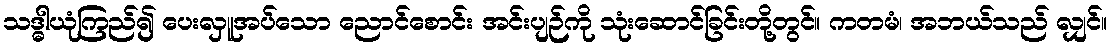
သဒ္ဓါယုံကြည်၍ ပေးလှူအပ်သော ညောင်စောင်း အင်းပျဉ်ကို သုံးဆောင်ခြင်းတို့တွင်။ ကတမံ၊ အဘယ်သည် လျှင်။